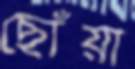
ছোঁয়া